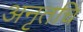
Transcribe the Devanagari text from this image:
अनृतचि